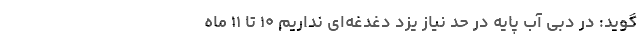
‌گوید: در دبی آب پایه در حد نیاز یزد دغدغه‌ای نداریم ۱۰ تا ۱۱ ماه